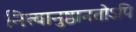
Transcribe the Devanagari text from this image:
नित्यानुष्ठानतोऽपि